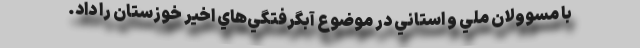
با مسوولان ملي و استاني در موضوع آبگرفتگي‌هاي اخير خوزستان را داد.